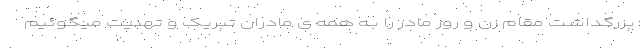
بزرگداشت مقام زن و روز مادر را بـه همه ی مادران تبریک و تهنیت میگوئیم